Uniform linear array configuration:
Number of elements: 64
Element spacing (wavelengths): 0.25
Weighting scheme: cosine
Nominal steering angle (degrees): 0
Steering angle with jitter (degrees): -0.1737
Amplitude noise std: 0.05
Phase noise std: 0.05

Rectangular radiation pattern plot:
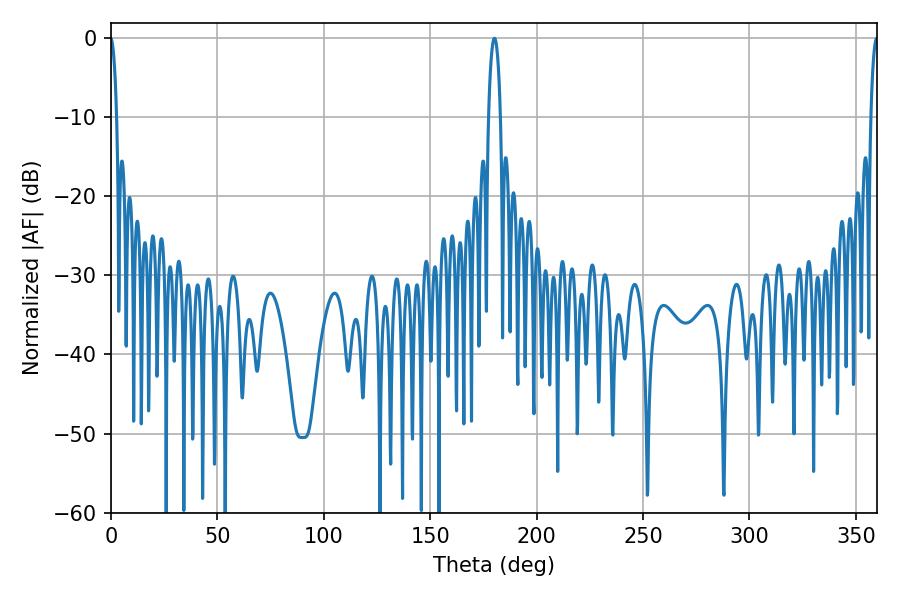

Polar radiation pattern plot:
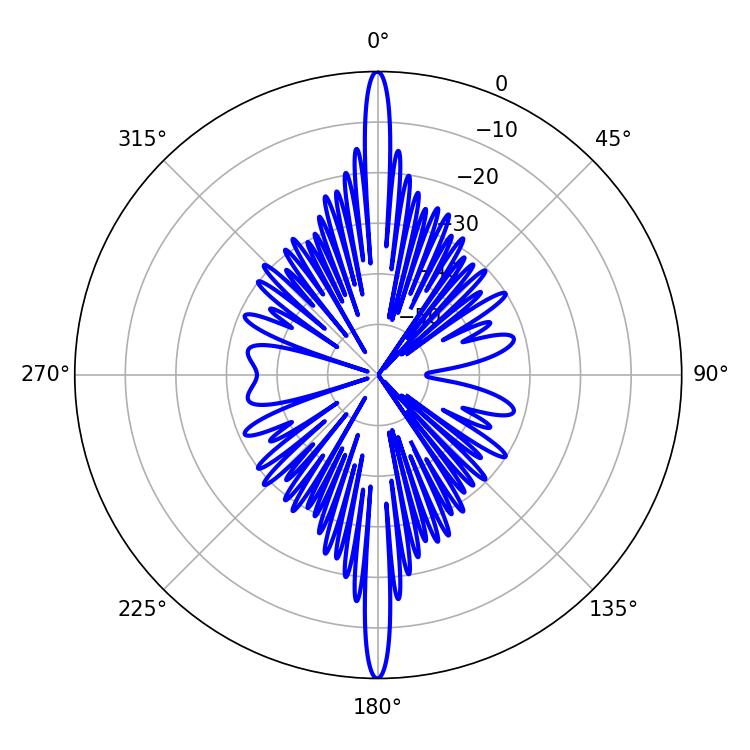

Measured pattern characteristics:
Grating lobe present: FALSE
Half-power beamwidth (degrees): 3.24
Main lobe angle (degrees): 180.18